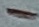
Text: -